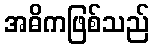
အဓိကဖြစ်သည်